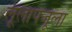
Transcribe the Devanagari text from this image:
लूलापजूला